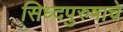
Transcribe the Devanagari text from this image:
सिध्दपुरुषाचे